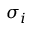
\sigma _ { i }